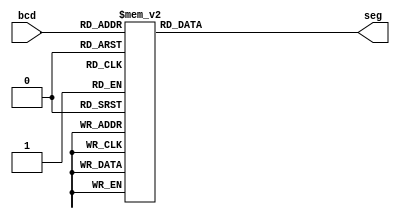
module segment7(bcd,seg);
     
     
     input [3:0] bcd;
     output [6:0] seg;
     reg [6:0] seg;


    always @(bcd)
    begin
        case (bcd) //case statement
            0 : seg = 7'b0001000;
            1 : seg = 7'b1101101;
            2 : seg = 7'b0100010;
            3 : seg = 7'b0100100;
            4 : seg = 7'b1000100;
            5 : seg = 7'b0010100;
            6 : seg = 7'b0010000;
            7 : seg = 7'b0101101;
            8 : seg = 7'b0000000;
            9 : seg = 7'b0000100;
            //switch off 7 segment character when the bcd digit is not a decimal number.
            default : seg = 7'b1111111; 
        endcase
    end
    
endmodule